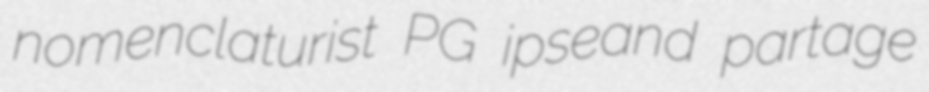
nomenclaturist PG ipseand partage